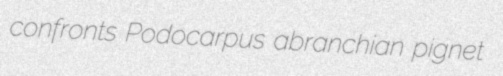
confronts Podocarpus abranchian pignet